Sketch of the medical history of the native army of Bombay, for the year
Year: 1876
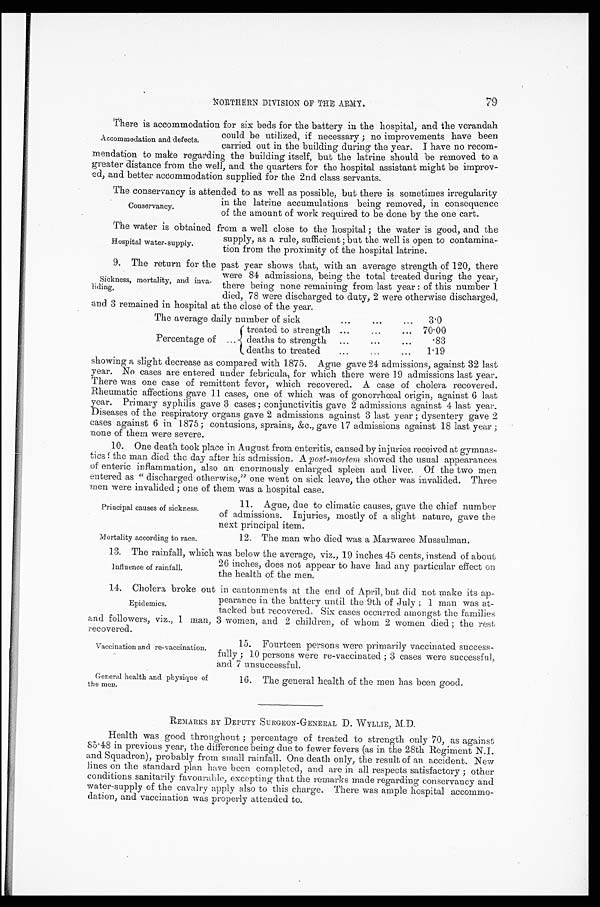
Principal causes of sickness.
Mortality according to race.
Vaccination and re-vaccination.
General health and physique of
the men.
NORTHERN DIVISION OF THE ARMY.
79
There is accommodation for six beds for the battery in the hospital, and the verandah
could be utilized, if necessary ; no improvements have been
carried out in the building during the year. I have no recom-
mendation to make regarding the building itself, but the latrine should be removed to a
greater distance from the well, and the quarters for the hospital assistant might be improv-
ed, and better accommodation supplied for tha 2nd class servants.
The conservancy is attended to as well as possible, but there is sometimes irregularity
in the latrine accumulations being removed, in consequence
of the amount of work required to be done by the one cart.
The water is obtained from a well close to the hospital ; the water is good, and the
supply, as a rule, sufficient ; but the well is open to contamina-
tion from the proximity of the hospital latrine.
9. The return for the past year shows that, with an average strength of 120, there
were 84 admissions, being the total treated during the year,
there being none remaining from last year : of this number 1
died, 78 were discharged to duty, 2 were otherwise discharged,
and 3 remained in hospital at the close of the year.
The average daily number of sick
...
...
...
3.0
Percentage of ...
treated to strength
...
70.00
deaths to strength ...
...
...
.83
deaths to treated
...
...
...
1.19
showing a slight decrease as compared with 1875. Ague gave 24 admissions, against 32 last
year. No cases are entered under febricula, for which there were 19 admissions last year.
There was one case of remittent fever, which recovered. A case of cholera recovered.
Rheumatic affections gave 11 cases, one of which was of gonorrhœal origin, against 6 last
year. Primary syphilis gave 3 cases ; conjunctivitis gave 2 admissions against 4 last year.
Diseases of the respiratory organs gave 2 admissions against 3 last year ; dysentery gave 2
cases against 6 in 1875; contusions, sprains, &c., gave 17 admissions against 18 last year ;
none of them were severe.
10. One death took place in August from enteritis, caused by injuries received at gymnas-
t i c s ; t h e m a n d i e d t h e d a y a f t e r h i s a d m i s s i o n . A p o s t - m o r t e m
s h o w e d t h e u s u a l a p p e a r a n c e s
of enteric inflammation, also an enormously enlarged spleen and liver. Of the two men
entered as “ discharged otherwise,” one went on sick leave, the other was invalided. Three
men were invalided ; one of them was a hospital case.
Accommodation and defects.
Conservancy.
Hospital water-supply.
Sickness, mortality, and
inva-liding.
11. Ague, due to climatic causes, gave the chief number
of admissions. Injuries, mostly of a slight nature, gave the
next principal item.
12. The man who died was a Marwaree Mussulman.
13. The rainfall, which was below the average, viz., 19 inches 45 cents, instead of about
26 inches, does not appear to have had any particular effect on
the health of the men.
14. Cholera broke out in cantonments at the end of April, but did not make its ap-
pearance in the battery until the 9th of July ; 1 man was at-
tacked but recovered. Six cases occurred amongst the families
and followers, viz., 1 man, 3 women, and 2 children, of whom 2 women died ; the rest
recovered.
Influence of rainfall.
Epidemics.
15. Fourteen persons were primarily vaccinated success-
fully ; 10 persons were re-vaccinated ; 3 cases were successful,
and 7 unsuccessful .
16. The general health of the men has been good.
REMARKS BY DEPUTY SURGEON-GENERAL D. WYLLIE, M.D.
Health was good throughout ; percentage of treated to strength only 70, as against
85.48 in previous year, the difference being due to fewer fevers (as in the 28th Regiment N.I.
and Squadron), probably from small rainfall. One death only, the result of an accident. New
lines on the standard plan have been completed, and are in all respects satisfactory ; other
conditions sanitarily favourable, excepting that the remarks made regarding conservancy and
water-supply of the cavalry apply also to this charge. There was ample hospital accommo-
dation, and vaccination was properly attended to.